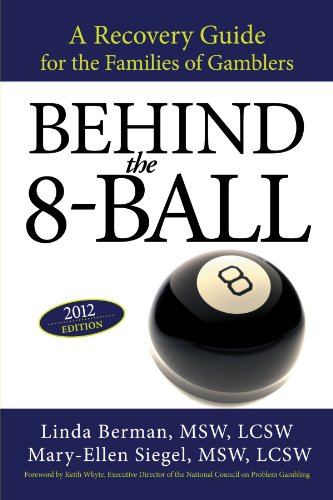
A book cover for Behind the 8-Ball: A Recovery Guide for the Families of Gamblers; Linda Berman; Health, Fitness & Dieting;